Vaccine operations Central Provinces & Berar 1922-1929 - 1922-1929
Year: 1922
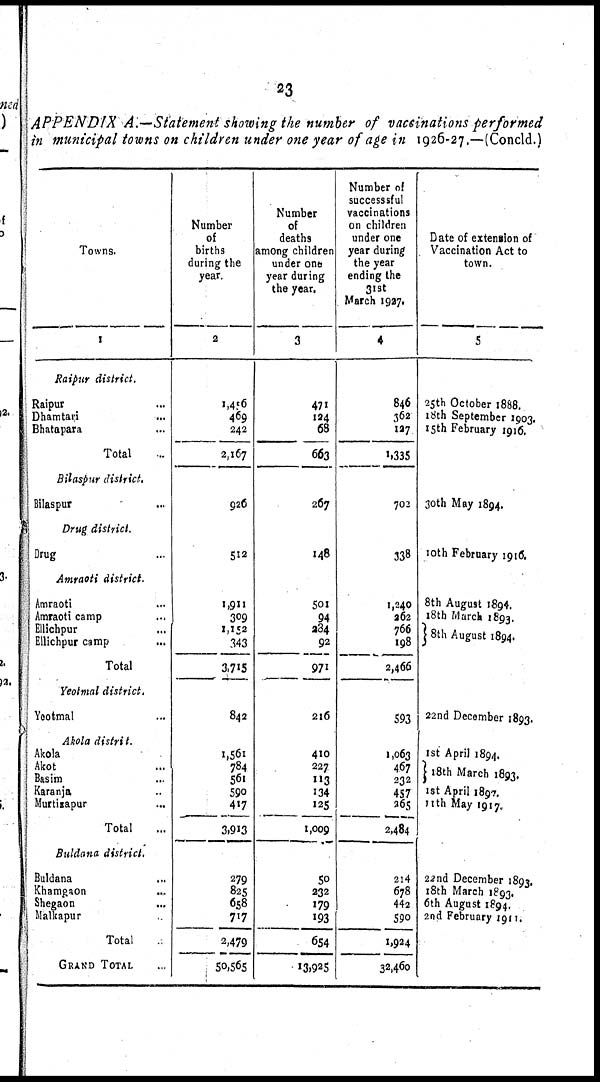
23
APPENDIX A.—Statement showing the number of vaccinations performed
in municipal towns on children under one year of age in 1926-27.—(Concld.)
Towns.
1
Raipur district.
Raipur ...
Dhamtari ...
Bhatapara ...
Total ...
Bilaspur district.
Bilaspur ...
Drug district.
Drug ...
Amraoti district.
Amraoti ...
Amraoti camp ...
Ellichpur ...
Ellichpur camp ...
Total ...
Yeotmal district.
Yeotmal ...
Akola distrit.
Akola ...
Akot ...
Basim ...
Karanja ...
Murtizapur ...
Total ...
Buldana district.
Buldana ...
Khamgaon ...
Shegaon
Malkapur ...
Total ...
GRAND TOTAL ...
Number
of
births
during the
year.
2
1,456
469
242
2,167
926
512
1,911
309
1,152
343
3,715
842
1,561
784
561
590
417
3,913
279
825
658
717
2,479
50,565
Number
of
deaths
among children
under one
year during
the year.
3
471
124
68
663
267
148
501
94
284
92
971
216
410
227
113
134
125
1,009
50
232
179
193
654
13,925
Number of
successsful
vaccinations
on children
under one
year during
the year
ending the
31st
March 1927.
4
846
362
127
1,335
702
338
1,240
262
766
198
2,466
593
1,063
467
232
457
865
2,484
214
678
442
590
1,924
32,460
Date of extension of
Vaccination Act to
town.
5
25th October 1888.
18th September 1903.
15th February 1916.
30th May 1894.
10th February 1916.
8th August 1894.
18th March 1893.
8th August 1894.
22nd December 1893.
1st April 1894.
18th March 1893.
1st April 1897.
11th May 1917.
22nd December 1893.
18th March 1893.
6th August 1894.
2nd February 1911.